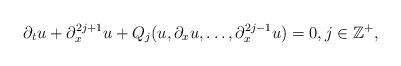
LaTeX: \begin{align*} \partial_tu + \partial_x^{2j+1}u + Q_j(u,\partial_xu,\dots,\partial_x^{2j-1}u) = 0,j\in\mathbb{Z}^+,\end{align*}